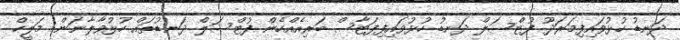
ދަނޑު ހުޅުވައިފިމަރަދޫ ފުޓްސަލް ދަނޑު ހުޅުވައިފިފަޓާސް ބަރިއެއްހެން ފުޓްސަލް ދަނޑުތައް ހުޅުވާލާނަން: މަލީހް